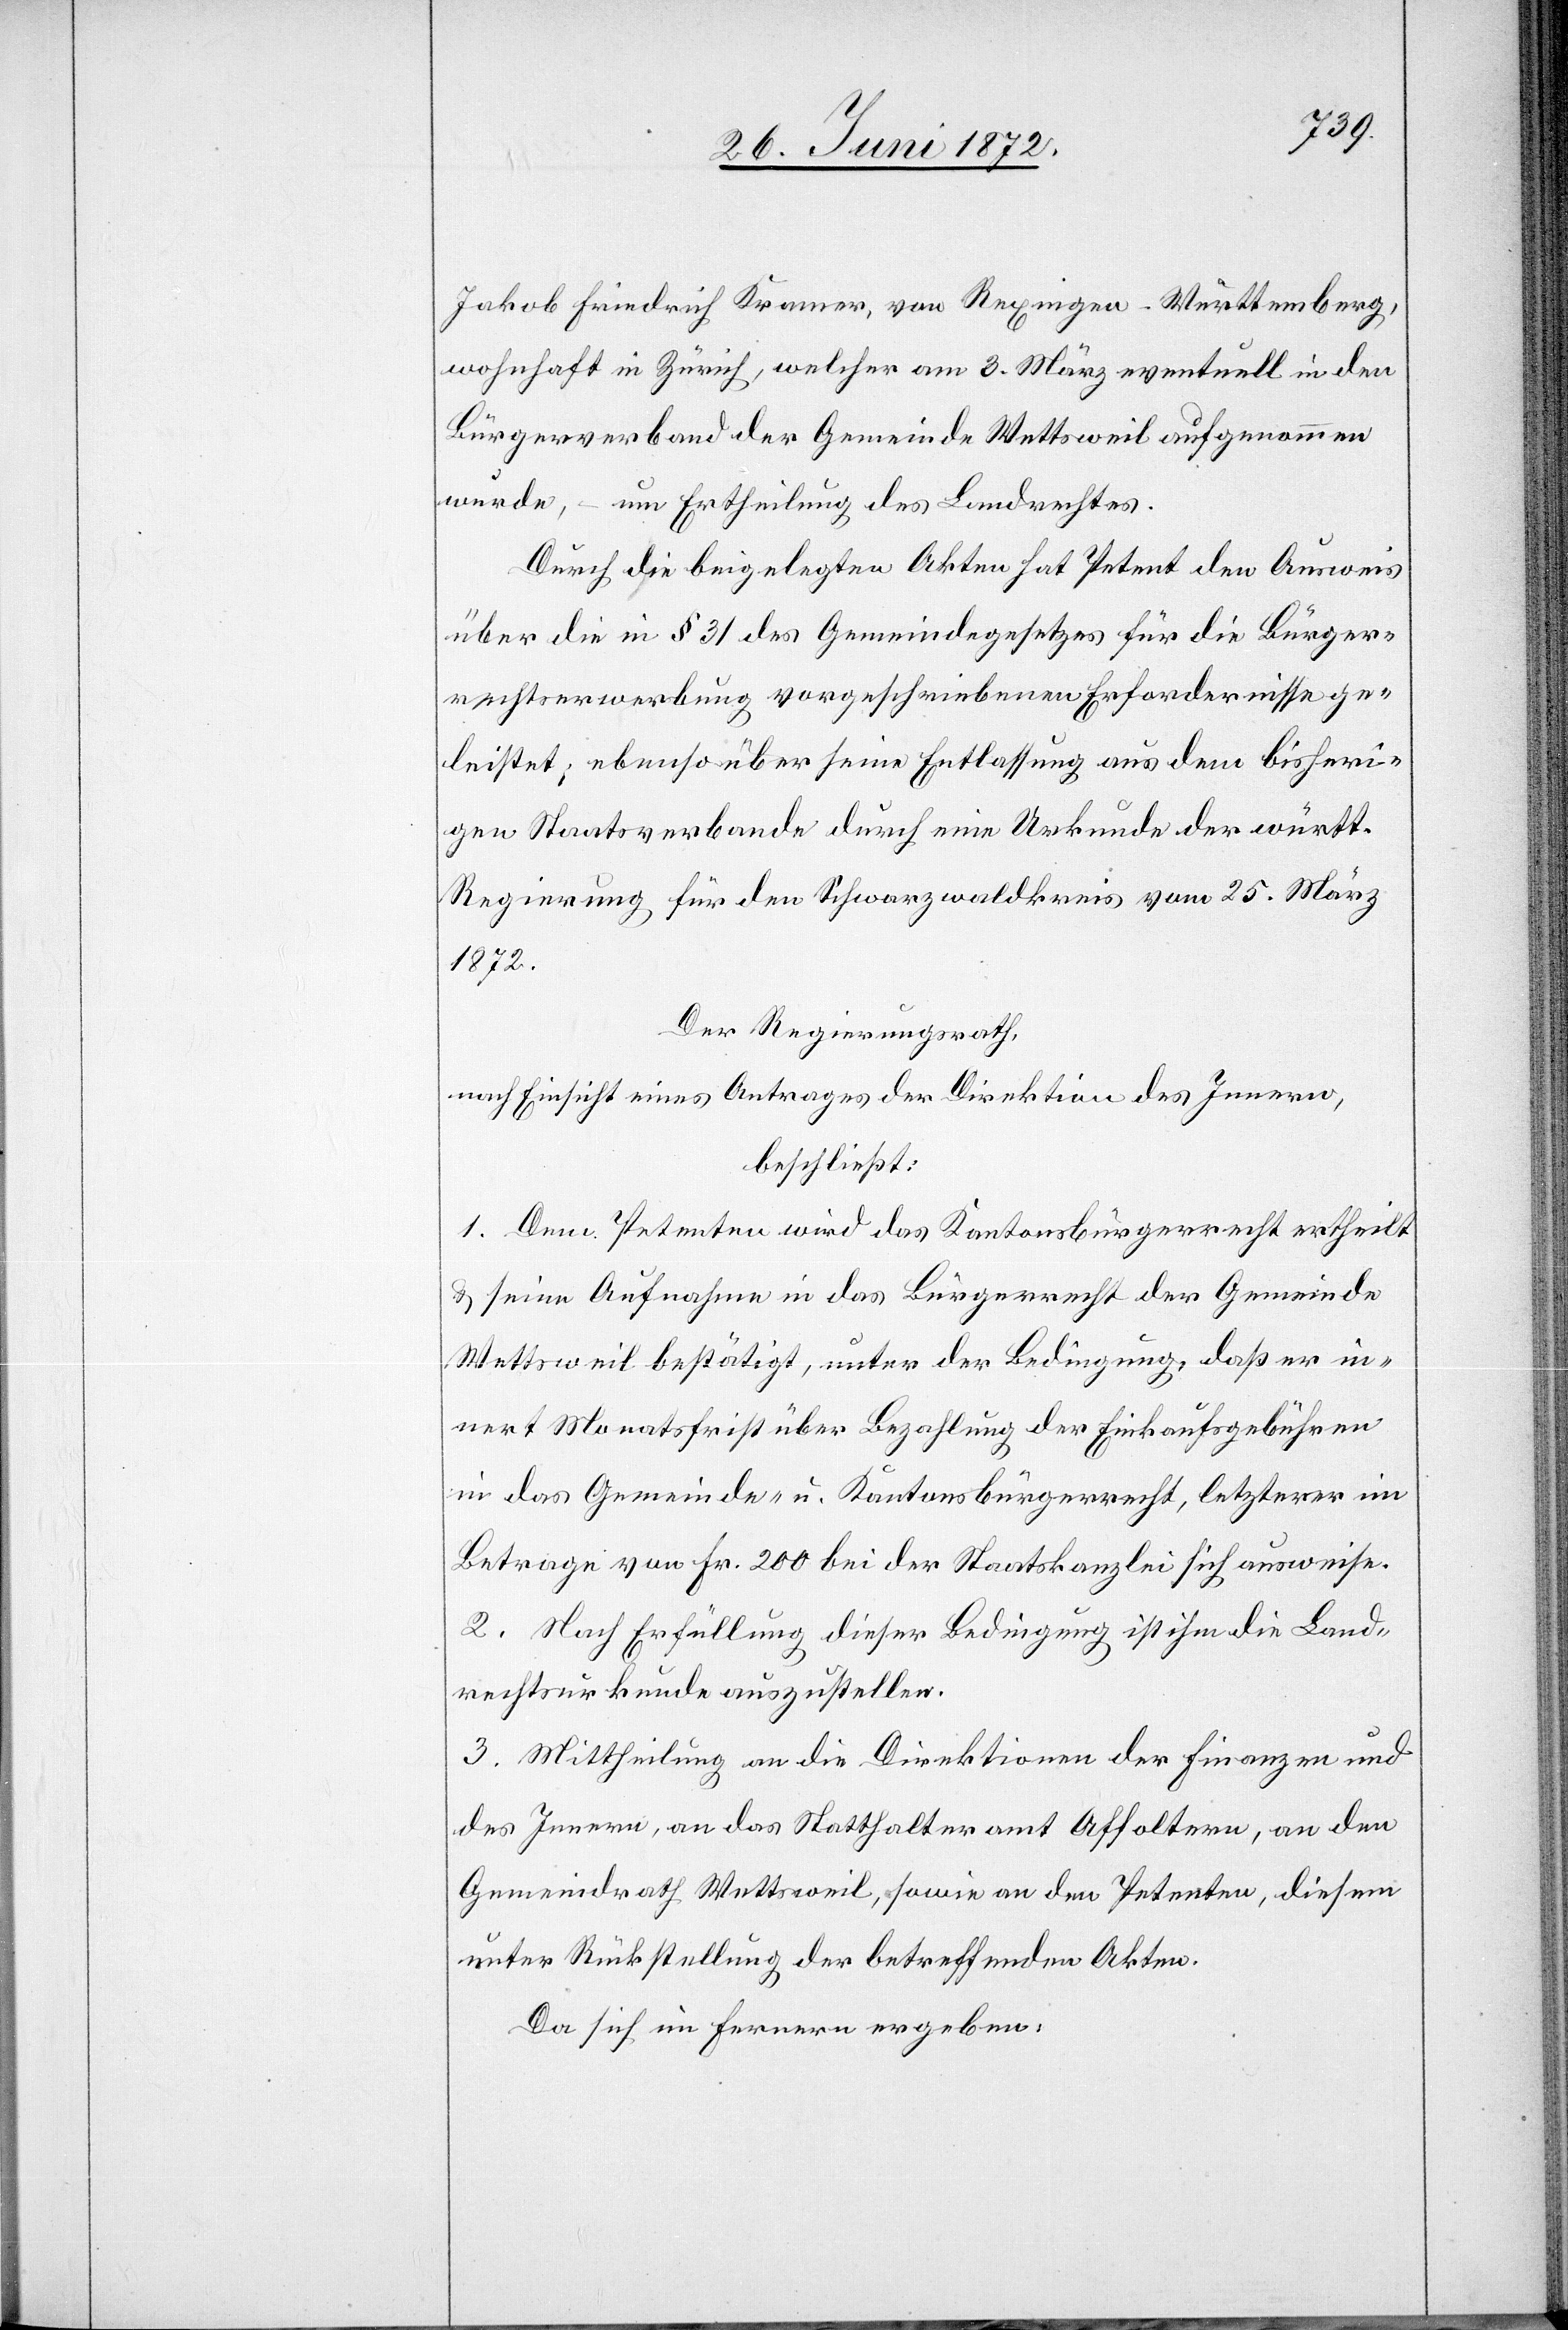
Jakob Friedrich Kramer, von Rexingen-Württemberg,
wohnhaft in Zürich, welcher am 3. März eventuell in den
Bürgerverband der Gemeinde Wettsweil aufgenommen
wurde, – um Ertheilung des Landrechtes.
Durch die beigelegten Akten hat Petent den Ausweis
über die in § 31 des Gemeindegesetzes für die Bürger¬
rechtserwerbung vorgeschriebenen Erfordernisse ge¬
leistet; ebenso über seine Entlassung aus dem bisheri¬
gen Staatsverbande durch eine Urkunde der württ.
Regierung für den Schwarzwaldkreis vom 25. März
1872.
Der Regierungsrath,
nach Einsicht eines Antrages der Direktion des Innern,
beschließt:
1. Dem Petenten wird das Kantonsbürgerrecht ertheilt
u. seine Aufnahme in das Bürgerrecht der Gemeinde
Wettsweil bestätigt, unter der Bedingung, daß er in¬
nert Monatsfrist über Bezahlung der Einkaufsgebühren
in das Gemeinde- u. Kantonsbürgerrecht, letzterer im
Betrage von Fr. 200 bei der Staatskanzlei sich ausweise.
2. Nach Erfüllung dieser Bedingung ist ihm die Land¬
rechtsurkunde auszustellen.
3. Mittheilung an die Direktionen der Finanzen und
des Innern, an das Statthalteramt Affoltern, an den
Gemeindrath Wettsweil, sowie an den Petenten, diesem
unter Rückstellung der betreffenden Akten.
Da sich im Fernern ergeben: